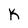
Character: K